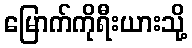
မြောက်ကိုရီးယားသို့